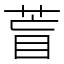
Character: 𦱋